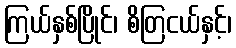
ကြယ်နှစ်ပြိုင်၊ စိတြငယ်နှင့်၊